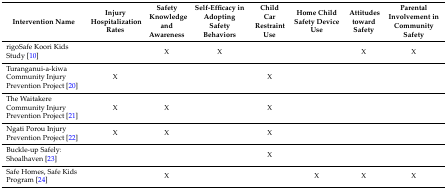
<table><thead><tr><td><b>Intervention Name</b></td><td><b>Injury Hospitalization Rates</b></td><td><b>Safety Knowledge and Awareness</b></td><td><b>Self-Efficacy in Adopting Safety Behaviors</b></td><td><b>Child Car Restraint Use</b></td><td><b>Home Child Safety Device Use</b></td><td><b>Attitudes toward Safety</b></td><td><b>Parental Involvement in Community Safety</b></td></tr></thead><tbody><tr><td>rigoSafe Koori Kids Study [10]</td><td></td><td>X</td><td>X</td><td></td><td></td><td>X</td><td>X</td></tr><tr><td>Turanganui-a-kiwa Community Injury Prevention Project [20]</td><td>X</td><td></td><td></td><td>X</td><td></td><td></td><td></td></tr><tr><td>The Waitakere Community Injury Prevention Project [21]</td><td>X</td><td>X</td><td></td><td>X</td><td></td><td></td><td></td></tr><tr><td>Ngati Porou Injury Prevention Project [22]</td><td>X</td><td>X</td><td></td><td>X</td><td></td><td></td><td></td></tr><tr><td>Buckle-up Safely: Shoalhaven [23]</td><td></td><td></td><td></td><td>X</td><td></td><td></td><td></td></tr><tr><td>Safe Homes, Safe Kids Program [24]</td><td></td><td>X</td><td></td><td></td><td>X</td><td>X</td><td>X</td></tr></tbody></table>